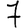
Digit: 7